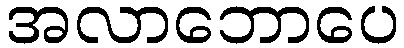
အလာဘောပေ